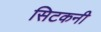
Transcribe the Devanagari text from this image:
सिटकनी